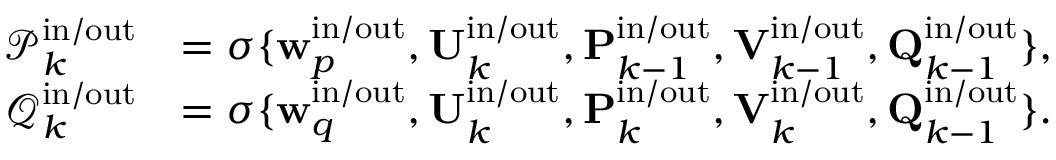
\begin{array} { r l } { \mathcal { P } _ { k } ^ { \mathrm { i n } / \mathrm { o u t } } } & { = \sigma \lbrace \mathbf { w } _ { p } ^ { \mathrm { i n } / \mathrm { o u t } } , \mathbf { U } _ { k } ^ { \mathrm { i n } / \mathrm { o u t } } , \mathbf { P } _ { k - 1 } ^ { \mathrm { i n } / \mathrm { o u t } } , \mathbf { V } _ { k - 1 } ^ { \mathrm { i n } / \mathrm { o u t } } , \mathbf { Q } _ { k - 1 } ^ { \mathrm { i n } / \mathrm { o u t } } \rbrace , } \\ { \mathcal { Q } _ { k } ^ { \mathrm { i n } / \mathrm { o u t } } } & { = \sigma \lbrace \mathbf { w } _ { q } ^ { \mathrm { i n } / \mathrm { o u t } } , \mathbf { U } _ { k } ^ { \mathrm { i n } / \mathrm { o u t } } , \mathbf { P } _ { k } ^ { \mathrm { i n } / \mathrm { o u t } } , \mathbf { V } _ { k } ^ { \mathrm { i n } / \mathrm { o u t } } , \mathbf { Q } _ { k - 1 } ^ { \mathrm { i n } / \mathrm { o u t } } \rbrace . } \end{array}